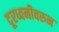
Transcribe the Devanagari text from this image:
दूरध्वनीवरुन